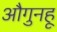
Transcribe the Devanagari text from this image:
औगुनहू